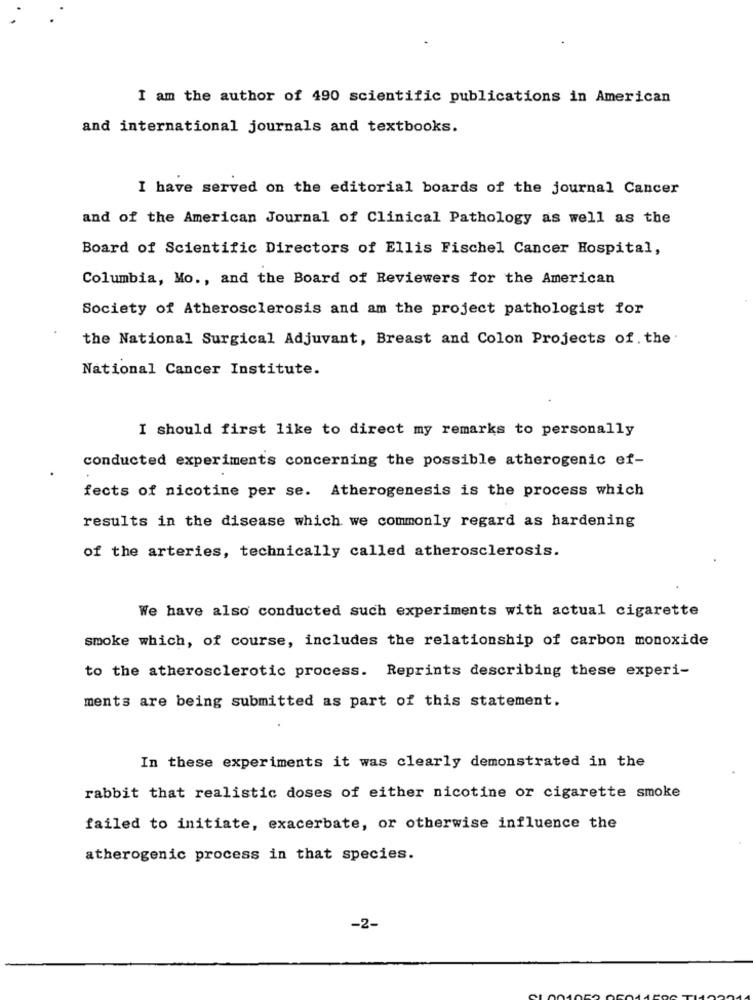
I am the author of 490 scientific publications in American
and international journals and textbooks.
I have served on the editorial boards of the journal Cancer
and of the American Journal of Clinical Pathology as well as the
Board of Scientific Directors of Ellis Fischel Cancer Hospital,
Columbia, Mo ., and the Board of Reviewers for the American
Society of Atherosclerosis and am the project pathologist for
the National Surgical Adjuvant, Breast and Colon Projects of. the
National Cancer Institute.
I should first like to direct my remarks to personally
conducted experiments concerning the possible atherogenic ef-
fects of nicotine per se. Atherogenesis is the process which
results in the disease which we commonly regard as hardening
of the arteries, technically called atherosclerosis.
We have also conducted such experiments with actual cigarette
smoke which, of course, includes the relationship of carbon monoxide
to the atherosclerotic process. Reprints describing these experi-
ments are being submitted as part of this statement.
In these experiments it was clearly demonstrated in the
rabbit that realistic doses of either nicotine or cigarette smoke
failed to initiate, exacerbate, or otherwise influence the
atherogenic process in that species.
-2-